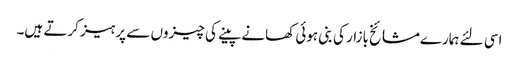
اسی لئے ہمارےمشائخ بازار کی بنی ہوئی کھانے پینے کی چیزوں سے پرہیز کرتے ہیں۔